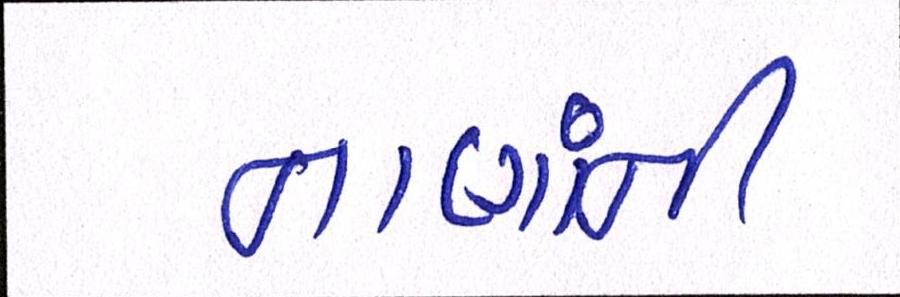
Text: નાણાંની